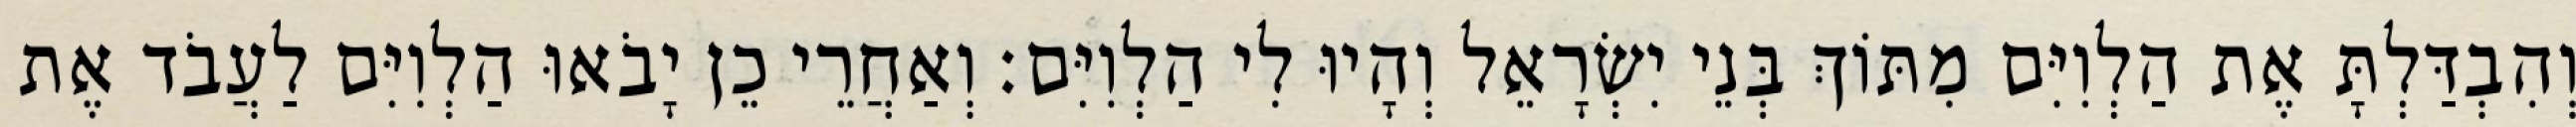
וְהִבְדַּלְתָּ אֶת הַלְוִיִּם מִתּוֹךְ בְּנֵי יִשְׂרָאֵל וְהָיוּ לִי הַלְוִיִּם׃ וְאַחֲרֵי כֵן יָבֹאוּ הַלְוִיִּם לַעֲבֹד אֶת